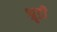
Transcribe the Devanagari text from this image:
श्रृडी